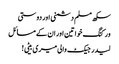
سکھ مسلم دشمنی اور دوستی
ورکنگ خواتین اور ان کے مسائل
لیدر جیکٹ والی میری بیٹی!